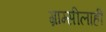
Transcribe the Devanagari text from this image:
ग्राम्सीलाही